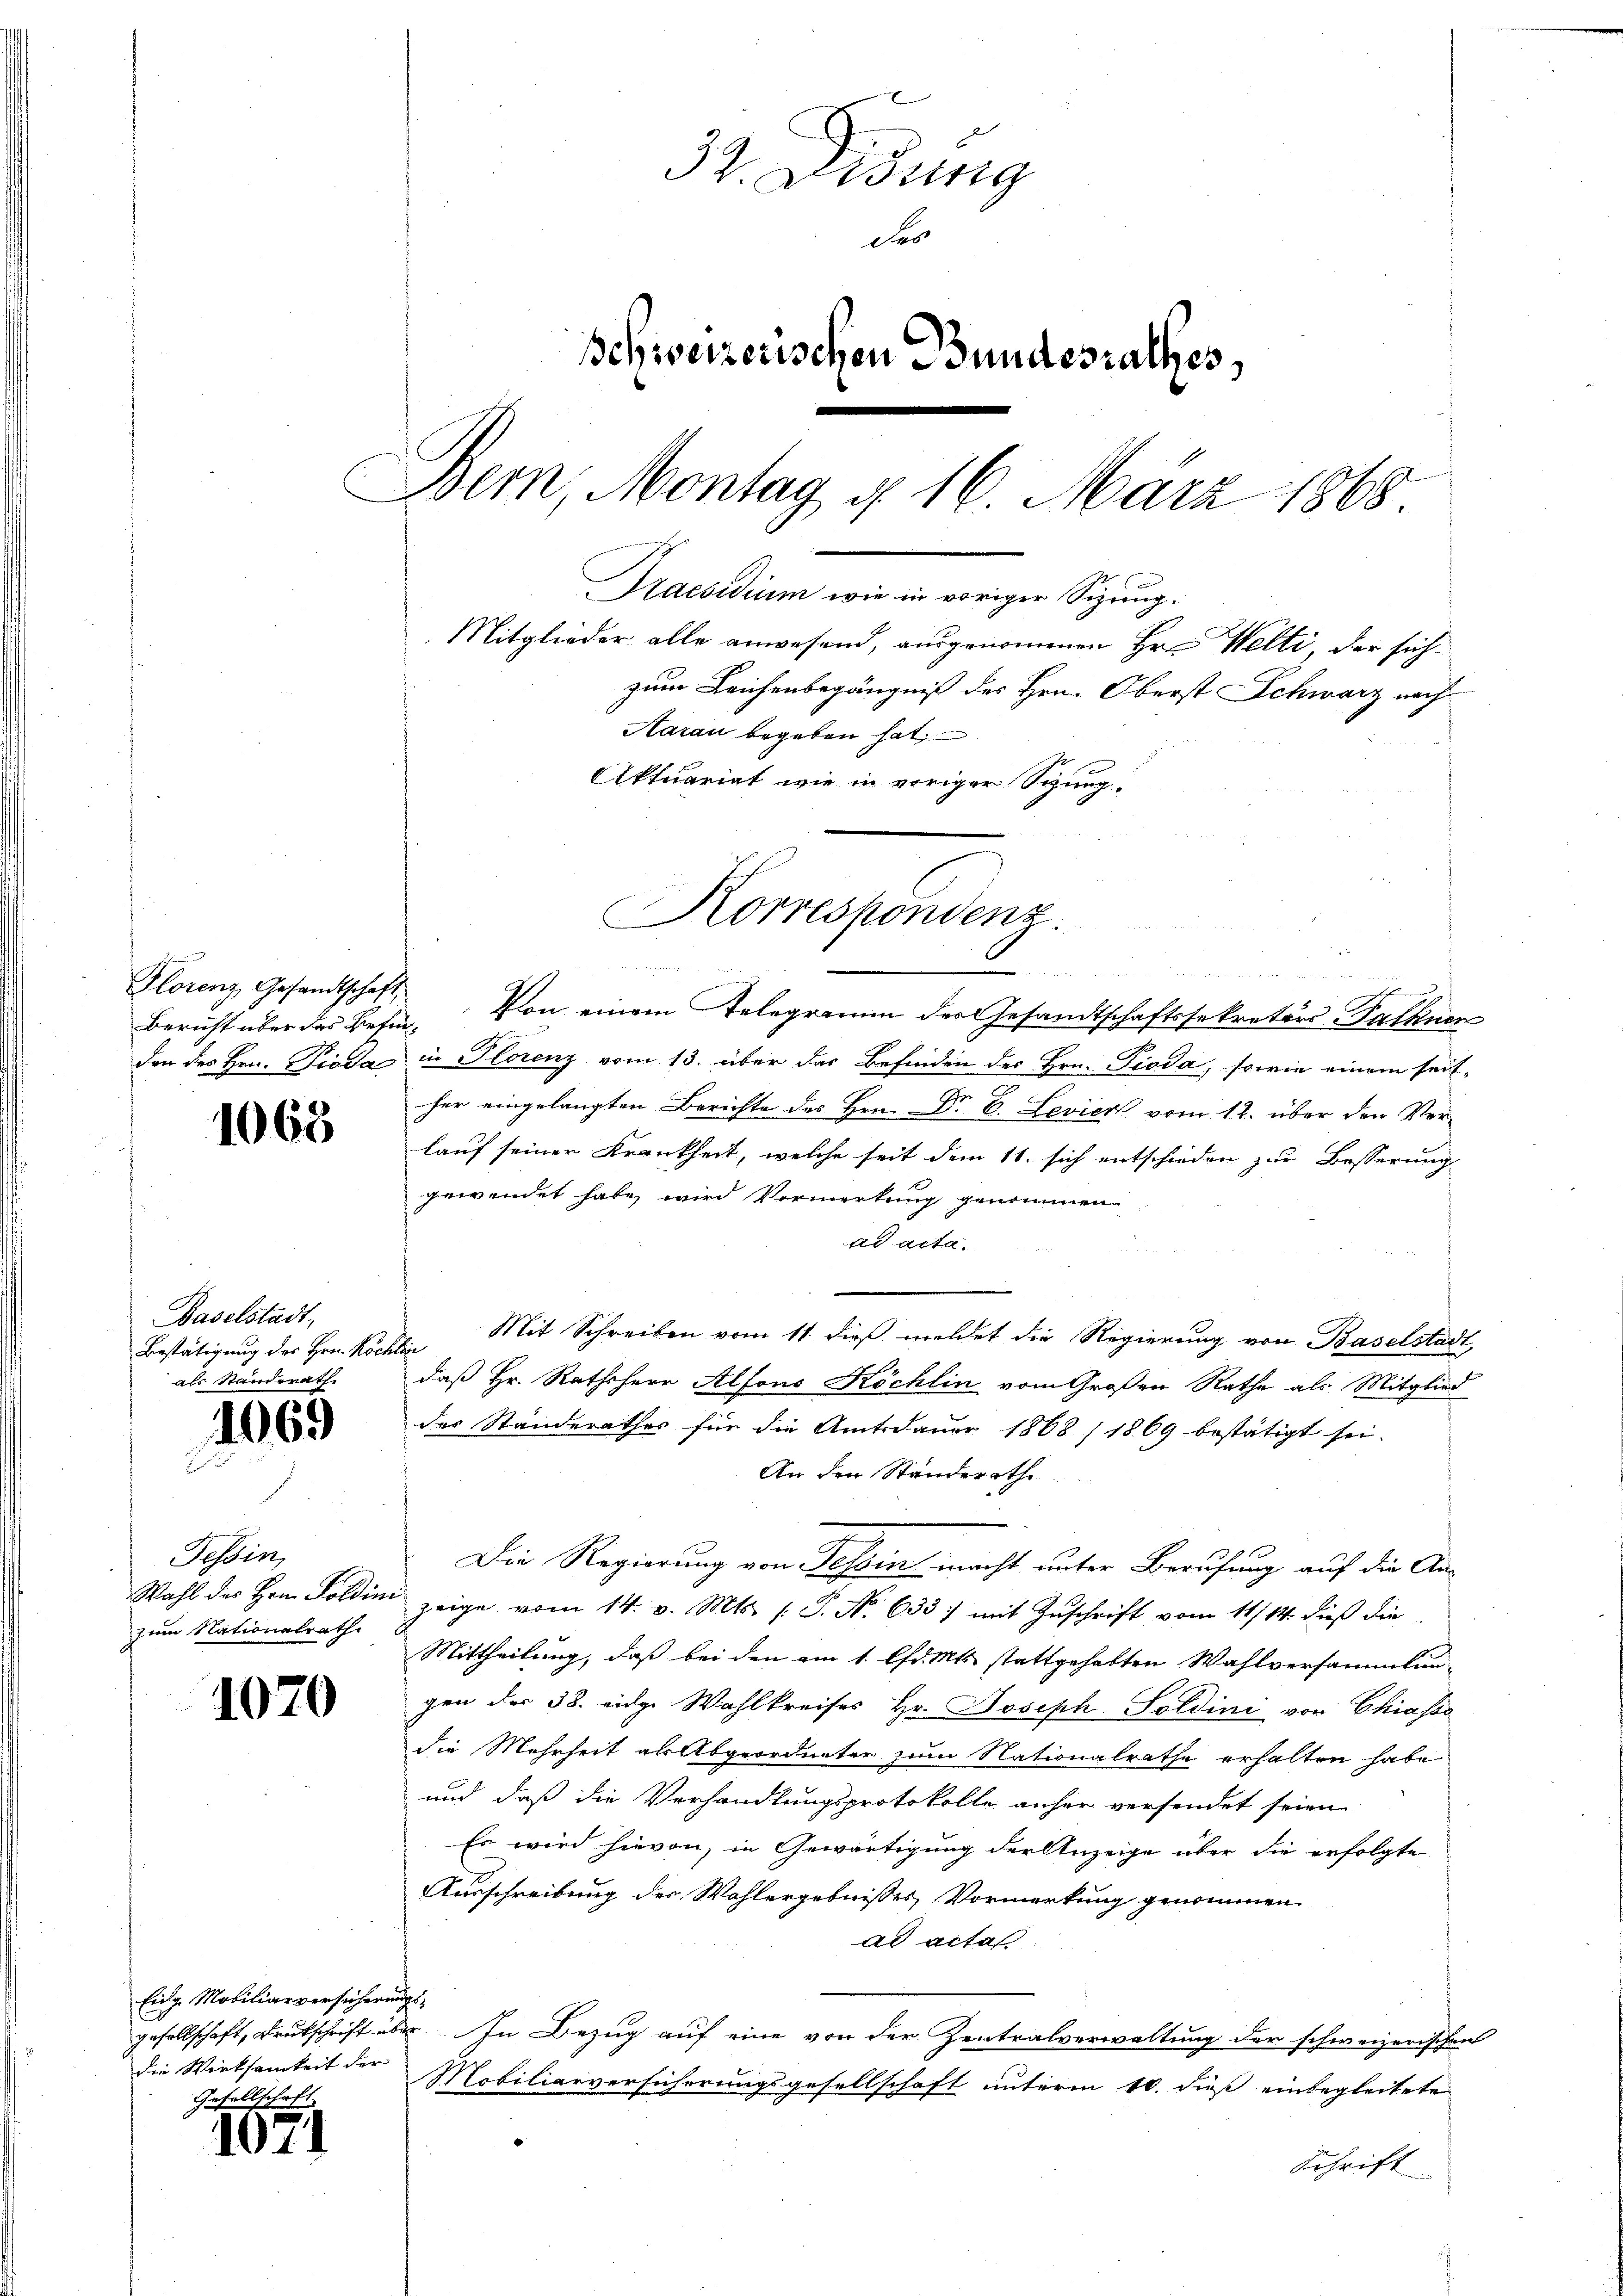
Florenz Gesandtschaft
don des Hrn. Pioda

1068

Baselstadt,
Bestätigung des Hrn. Koch
als Standerathe

1069

Tessin,
Wahl des Hrn. Soldini
zum Nationalrath

1070

Eidg. Mobiliarversicherun
die Wirksamkeit der
u
Gesellsche

1071

37. Weisung
des
Schweizerischen Bundesrathes,
Bern, Montag d. 16. März 1868.
Gration von einigen Sitzung
Mitglieder alle anwesend, ausgenommenen Hrn. Welti, der sich
zum Leichenbegängniß des Hrn. Oberst Schwarz nach
Aarau begeben hat,
Aktuariat wie in voriger Sitzung

Korrespondenz.

Bericht über das Befür. Von einem Telegramm der Gesandtschaftssekretär Falkner
in Florenz vom 13. über das Befinden des Hrn. Pioda, sowie einem seither eingelangten Berichte des Hrn. Dr E. Levier vom 12. über den Verlauf seiner Krankheit, welche seit dem 11. sich entschieden zur Besserung
gewendet habe wird Vormerkung genommen
ad acta.
Mit Schreiben vom 11. dieß meldet die Regierung von Baselstadt
¬
daß Hr. Rathsherr Alfons Köchlin vom Großen Rathe als Mitglied
des Ständerathes für die Amtsdauer 1868 (1869 bestätigt sei.
An den Ständerath
Die Regierung von Tessin macht unter Berufung auf die Anzeige vom 14. v. Mts. (T. No 633) mit Zuschrift vom 11/14. dieß die
Mittheilung, daß bei den am 1. d. Mts. stattgehabten Wahlversammlun-
gen der 38. eidge Wahlkreises Hr. Joseph Soldini von Chiasso
die Mehrheit als Abgeordneter zum Nationalrathe erhalten habe
und daß die Verhandlungsprotokolle anher versendet seien
Es wird hievon, in Gewärtigung der Anzeige über die erfolgte
Ausschreibung der Wahlergebnisses Vormerkung genommen.
ad acta
25.
gesellschaft, Drukschrift über. In Bezug auf eine von der Zentralverwaltung der schweizerischen
Mobiliarversicherungsgesellschaft unterm 10. dieß einbegleitete
Schrift